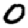
Digit: 0